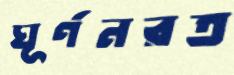
ঘূর্ণনরত